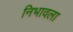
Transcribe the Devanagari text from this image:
निभावला